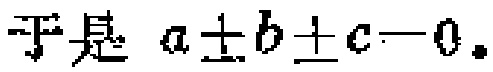
于是 \(a\pm b\pm c = 0\).